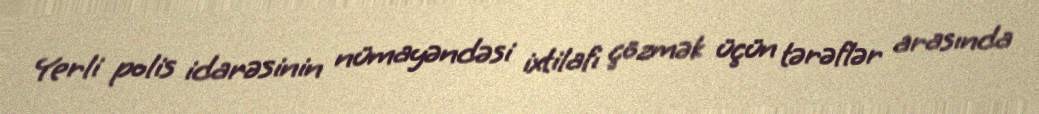
Yerli polis idarəsinin nümayəndəsi ixtilafı çözmək üçün tərəflər arasında